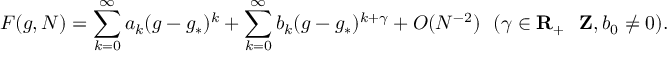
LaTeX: F ( g , N ) = \sum _ { k = 0 } ^ { \infty } a _ { k } ( g - g _ { * } ) ^ { k } + \sum _ { k = 0 } ^ { \infty } b _ { k } ( g - g _ { * } ) ^ { k + \gamma } + O ( N ^ { - 2 } ) \ \ ( \gamma \in { \bf R } _ { + } \setminus { \bf Z } , b _ { 0 } \ne 0 ) .